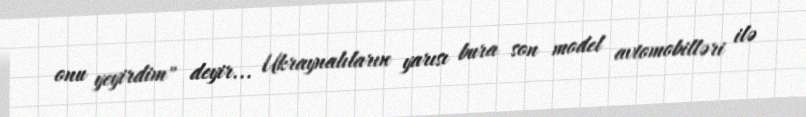
onu yeyirdim" deyir... Ukraynalıların yarısı bura son model avtomobilləri ilə